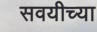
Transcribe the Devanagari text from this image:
सवयीच्या